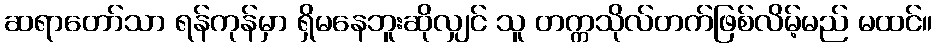
ဆရာတော်သာ ရန်ကုန်မှာ ရှိမနေဘူးဆိုလျှင် သူ တက္ကသိုလ်တက်ဖြစ်လိမ့်မည် မထင်။